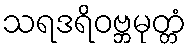
သရဒရိဝဗ္ဘမုတ္တံ